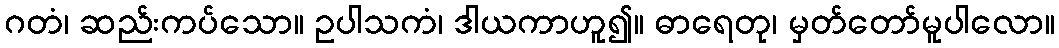
ဂတံ၊ ဆည်းကပ်သော။ ဥပါသကံ၊ ဒါယကာဟူ၍။ ဓာရေတု၊ မှတ်တော်မူပါလော။